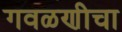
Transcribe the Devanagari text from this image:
गवळणीचा